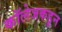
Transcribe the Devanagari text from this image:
कॉलेजकडून